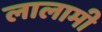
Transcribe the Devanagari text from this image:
लालामी